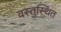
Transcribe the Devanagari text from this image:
वस्तुस्थित